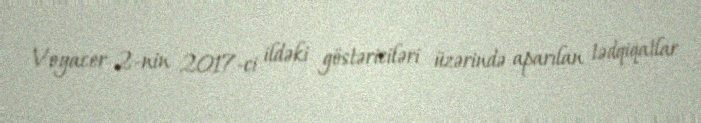
Voyacer 2-nin 2017-ci ildəki göstəriciləri üzərində aparılan tədqiqatlar